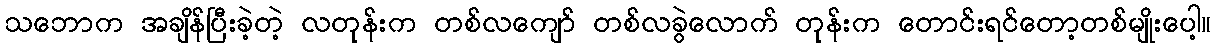
သဘောက အချိန်ပြီးခဲ့တဲ့ လတုန်းက တစ်လကျော် တစ်လခွဲလောက် တုန်းက တောင်းရင်တော့တစ်မျိုးပေါ့။